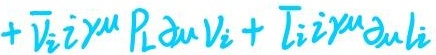
$+ \overline{V}_i i \gamma^{\mu} P_L \partial_{\mu} V_i + \overline{L}_i i \gamma^{\mu} \partial_{\mu} L_i$